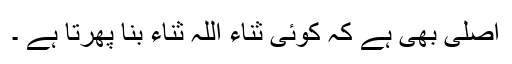
اصلی بھی ہے کہ کوئی ثناء اللہ ثناء بنا پھرتا ہے ۔